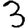
Digit: 3